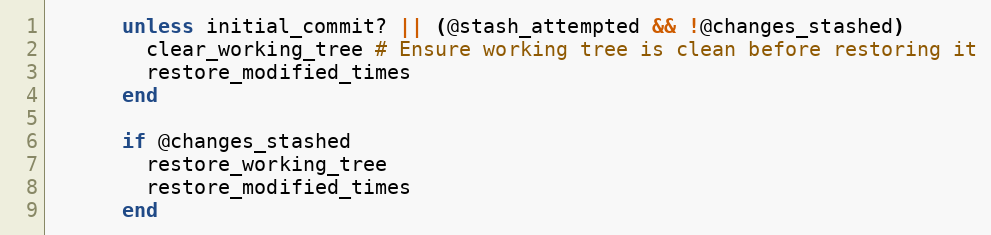
Language: Ruby
      unless initial_commit? || (@stash_attempted && !@changes_stashed)
        clear_working_tree # Ensure working tree is clean before restoring it
        restore_modified_times
      end

      if @changes_stashed
        restore_working_tree
        restore_modified_times
      end